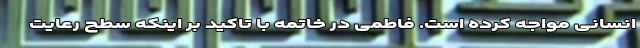
انسانی مواجه کرده است. فاطمی در خاتمه با تاکید بر اینکه سطح رعایت